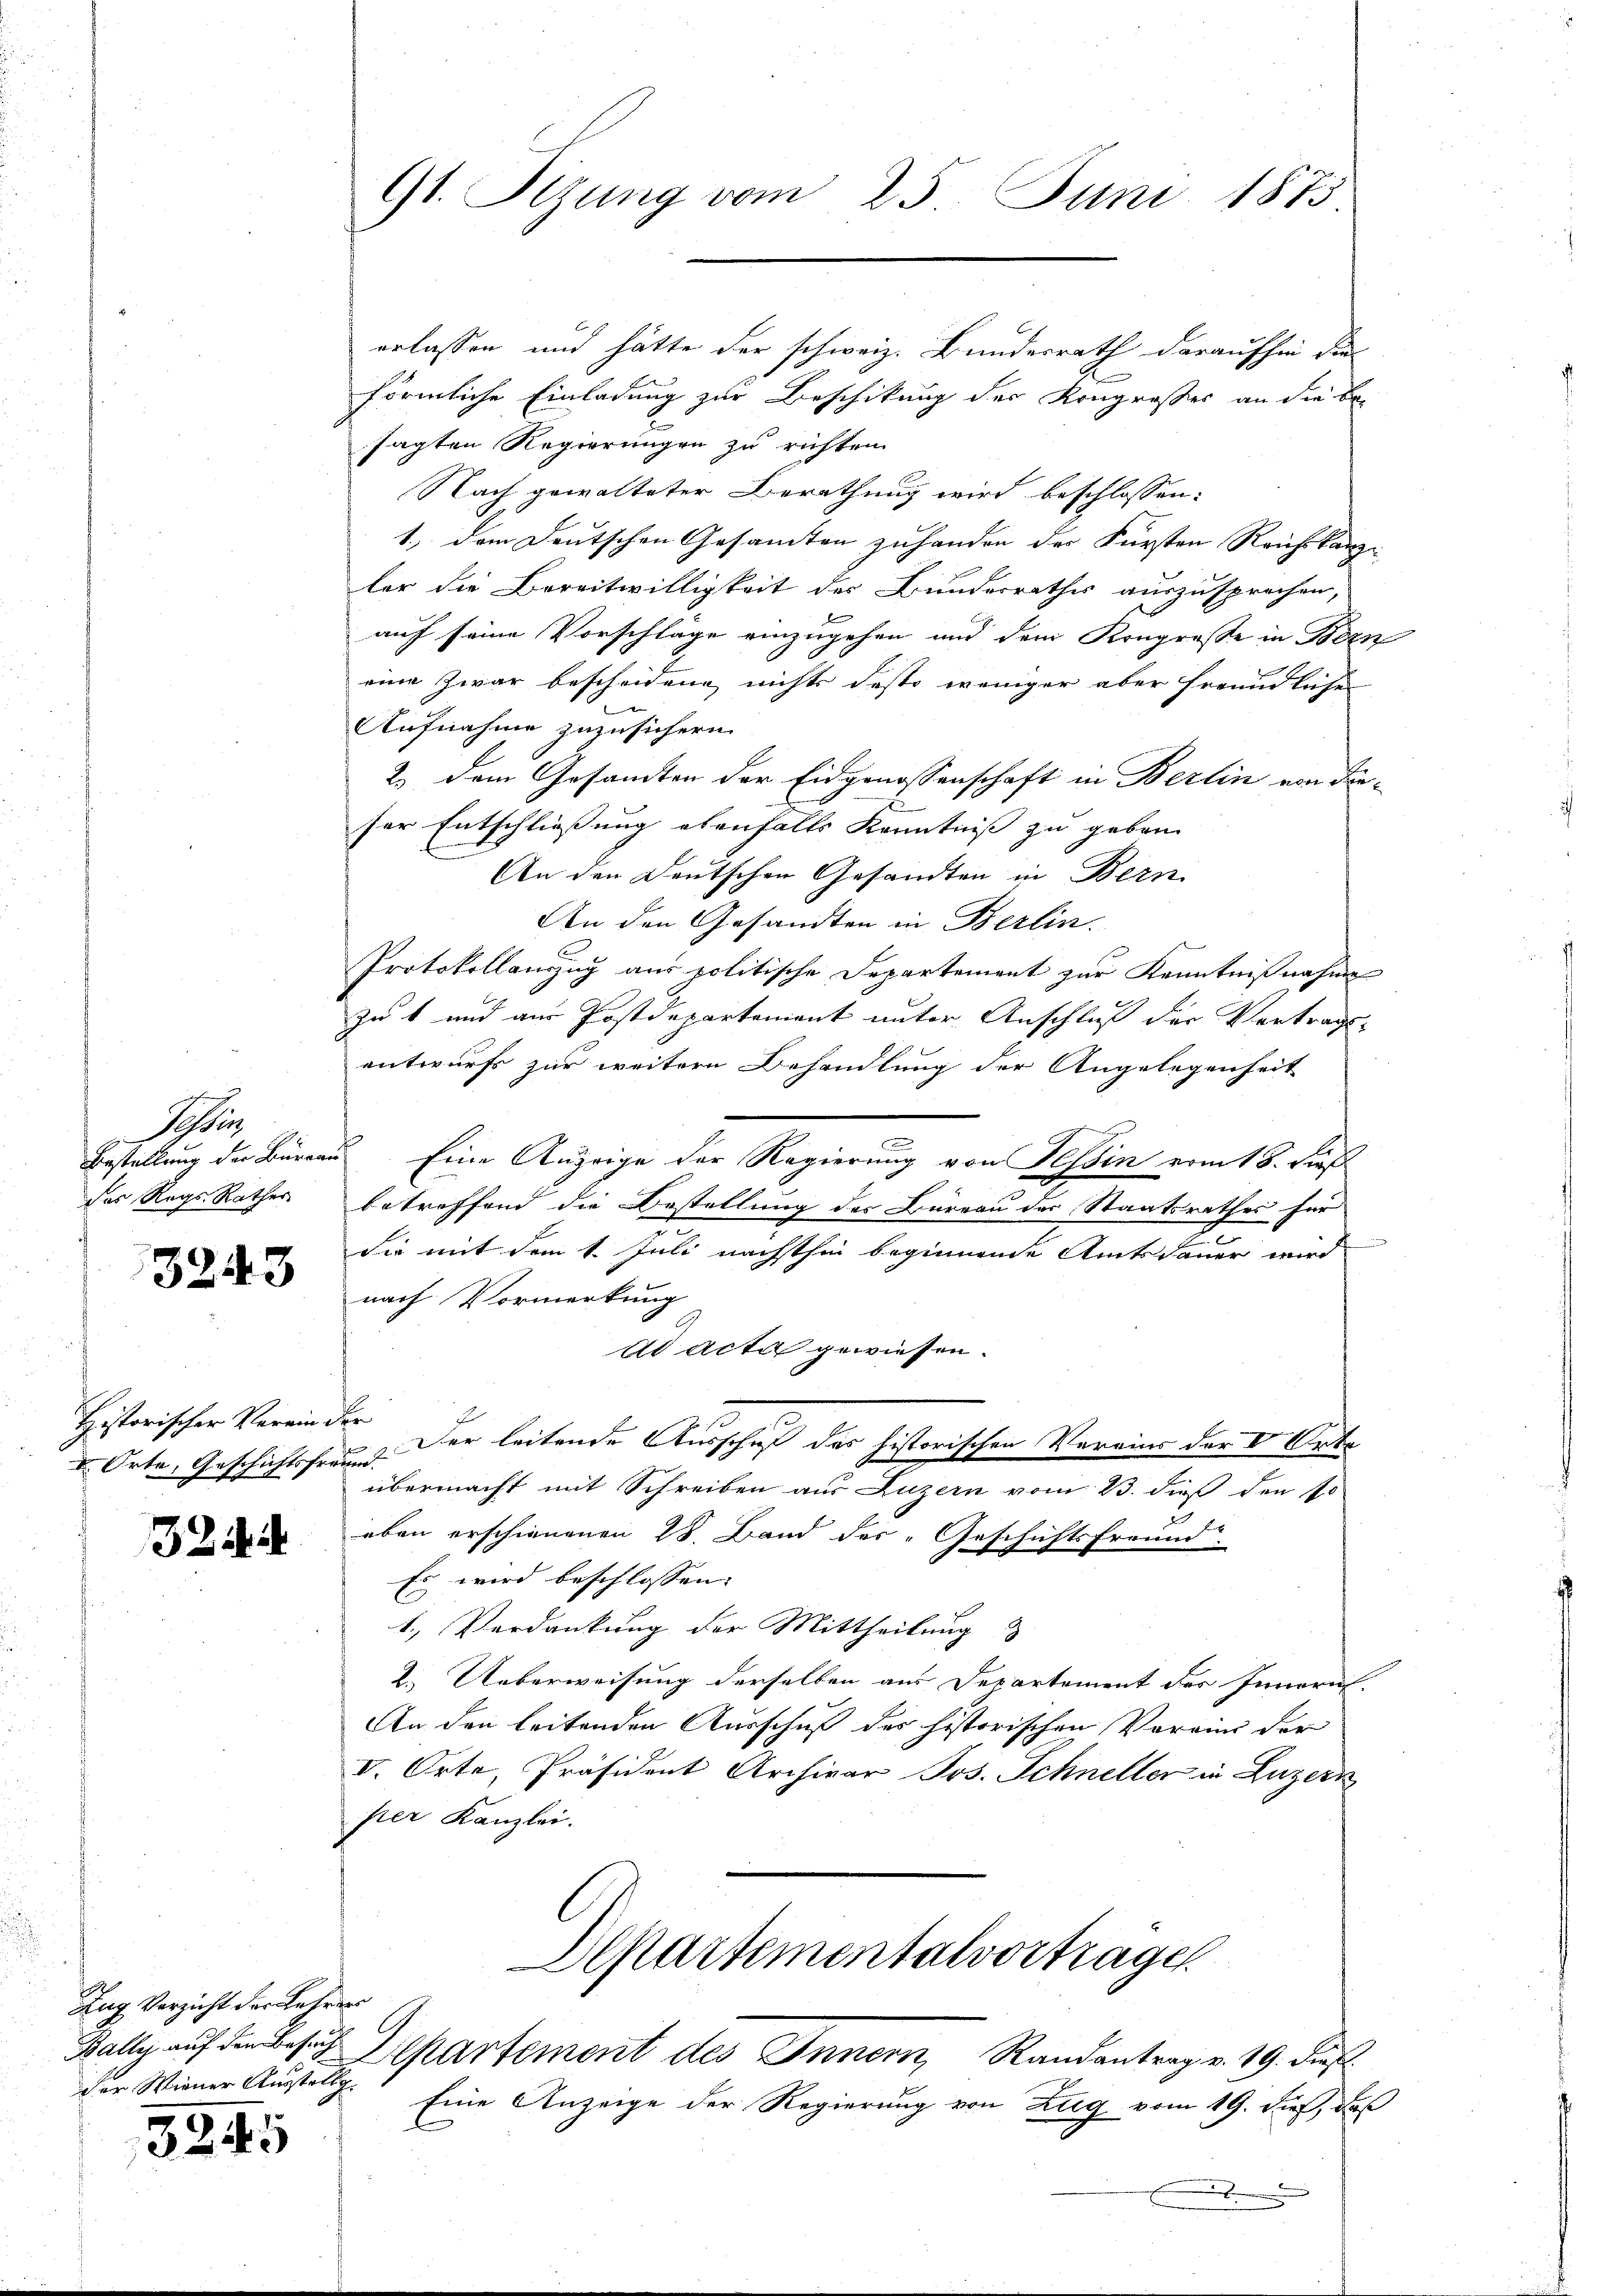
Se
Bestellung der Buren
des Regs Rathes

3243

Historischer Verein¬
 Orte, Geschichtsfre

32

Zug Verzicht der Lehrers
der Wiener Ausstellg.

3245

9t. Sizung vom 25. Juni 1873

erlassen und hätte der schweiz. Bundesrath daraufhin die
förmliche Einladung zur Beschikung der Kongrosses an die Besagten Regierungen zu richten.
Nach gewalteter Berathung wird beschlossen:
1., dem Deutschen Gesamten zuhanden der Fürsten Reich kanzler die Bereitwilligkeit des Bundesrathes auszusprechen,
auf seine Vorschlage einzugehen und dem Kongresse in Bern
eine Zwar bescheidene nichts desto weniger aber freundliche
Aufnahme zuzusichern.
2.) Dem Gesamten der Eidgenossenschaft in Berlin von dieser Entschliessung ebenfalls Kenntniß zu geben.
An den Deutschen Gesandten in Bern
An den Gesandten in Berlin.
Protokollanzug aus politische Departement zur Kenntnißnahme
zu 1 und aus Postdepartement unter Anschluß der Vertrags-
entwurfs zur weitere Behandlung der Angelegenheit
 Eine Anzeige der Regierung von Tessin vom 18. dieß
betreffend die Bestellung des Bureau der Staatsrathes für
Sie mit dem 1. Juli nächsthin beginnende Amtsdauer wird
nach Vormerkung
ad acta gewiesen.
Er
. Der leitende Ausschuf das historischen Vereins der V. Orte
übermacht mit Schreiben aus Luzern vom 23. dieß den so
eben erschienenen 28. Band des „Geschichtsfreund
Es wird beschlossen.
1., Verdankung der Mittheilung
2.) Ueberweisung derselben aus Departement der Innern.
An den leitenden Ausschuß des historischen Vorrin der
V. Orte, Präsident Archivar Jos. Schneller in Luzern
per Kanzlei.
Departementalvortragen
Bally auf des Departement des Innern, Randantrag v. 19. dieß
Eine Anzeige der Regierung von Zug vom 19. dieß, daß
.

.